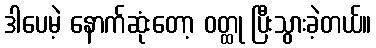
ဒါပေမဲ့ နောက်ဆုံးတော့ ဝတ္ထု ပြီးသွားခဲ့တယ်။